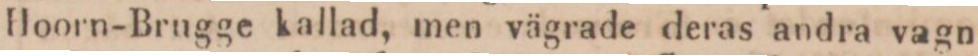
Hoorn-Brugge kallad, men vägrade deras andra vagn